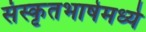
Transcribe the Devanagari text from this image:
संस्कृतभाषेमध्ये